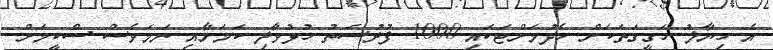
އެ ހިޔާލު ހަގީގަތަކަށް ހެދުމަށްޓަކައި 1000 ފުރުސަތު ހުޅުވާލި ކަމަށާއި ނަމަވެސް ސްކީމަށް